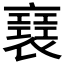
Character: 𧝑